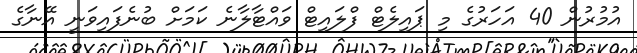
އުމުރުން 40 އަހަރުގެ މި ޕައިލެޓް ފްލައިޓް ވައްޓާލާނެ ކަމަށް ބުނެފައިވަނީ އޭނާގެ